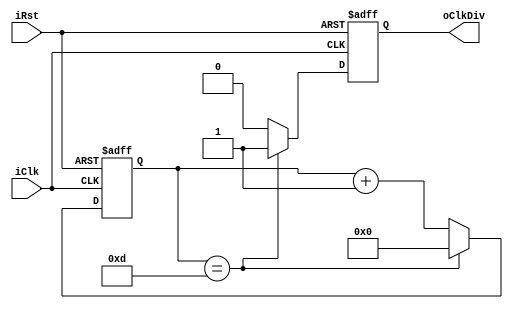
module ClkDiv #(parameter TOTAL_BITS = 5, TOTAL_COUNTS = 8'd14)
(
    input   iClk,
    input   iRst,
    output  oClkDiv
);

reg [TOTAL_BITS-1:0]   rvCnt_d;
reg [TOTAL_BITS-1:0]   rvCnt_q;

reg         rClkDiv_d;
reg         rClkDiv_q;


assign  oClkDiv =   rClkDiv_q;

always @(posedge iClk or posedge iRst)
begin
    if(iRst)
    begin
        rvCnt_q     <=  {TOTAL_BITS{1'b0}};
        rClkDiv_q   <=  1'b0;
    end
    else
    begin
        rvCnt_q     <=  rvCnt_d;
        rClkDiv_q   <=  rClkDiv_d;
    end
end


always @*
begin
    rvCnt_d         =   rvCnt_q + 1'b1;
    if(rvCnt_q == (TOTAL_COUNTS - 1))
    begin
        rClkDiv_d   =   1'b1;
        rvCnt_d     =   4'b0;
    end
    else
    begin
        rClkDiv_d   =   1'b0;
        
    end
end
endmodule